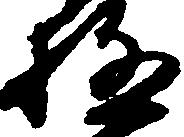
極